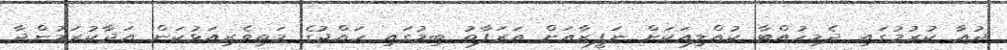
ދުޢާ ކުރުމުގައި ދެމިހުއްޓާ ކުއްލިއަކަށް ނަފީޒާއަށް އަރަފާތު ބިމުގައި ހައްޖުގެ މަތިވެރިއަޅުކަން އަދާކުރަމުންދާ